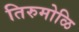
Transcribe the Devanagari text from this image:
तिरुमोळि